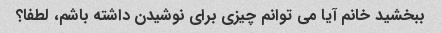
ببخشید خانم آیا می توانم چیزی برای نوشیدن داشته باشم، لطفا؟